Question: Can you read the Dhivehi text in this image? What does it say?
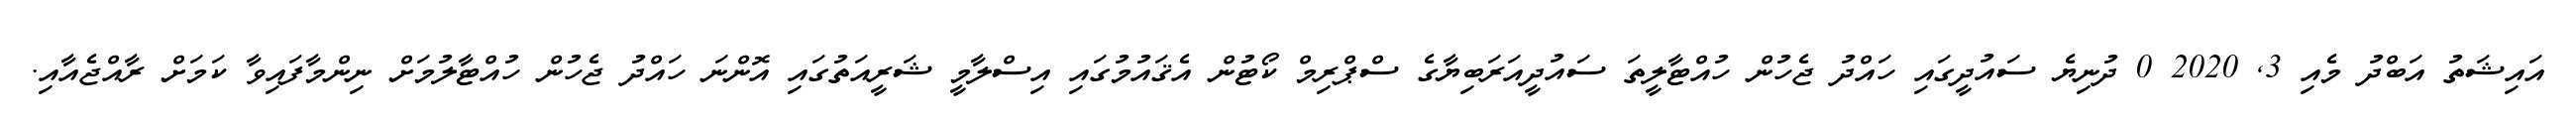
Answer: އައިޝަތު އަބްދު މެއި 3, 2020 0 ދުނިޔެ ސައުދީގައި ހައްދު ޖެހުން ހުއްޓާލީތަ ސައުދީއަރަބިޔާގެ ސްޕްރިމް ކޯޓުން އެޤައުމުގައި އިސްލާމީ ޝަރީއަތުގައި އޮންނަ ހައްދު ޖެހުން ހުއްޓާލުމަށް ނިންމާފައިވާ ކަމަށް ރާއްޖެއާއި.